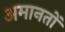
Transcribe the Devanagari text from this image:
अमानतों